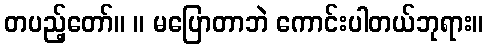
တပည့်တော်။ ။ မပြောတာဘဲ ကောင်းပါတယ်ဘုရား။